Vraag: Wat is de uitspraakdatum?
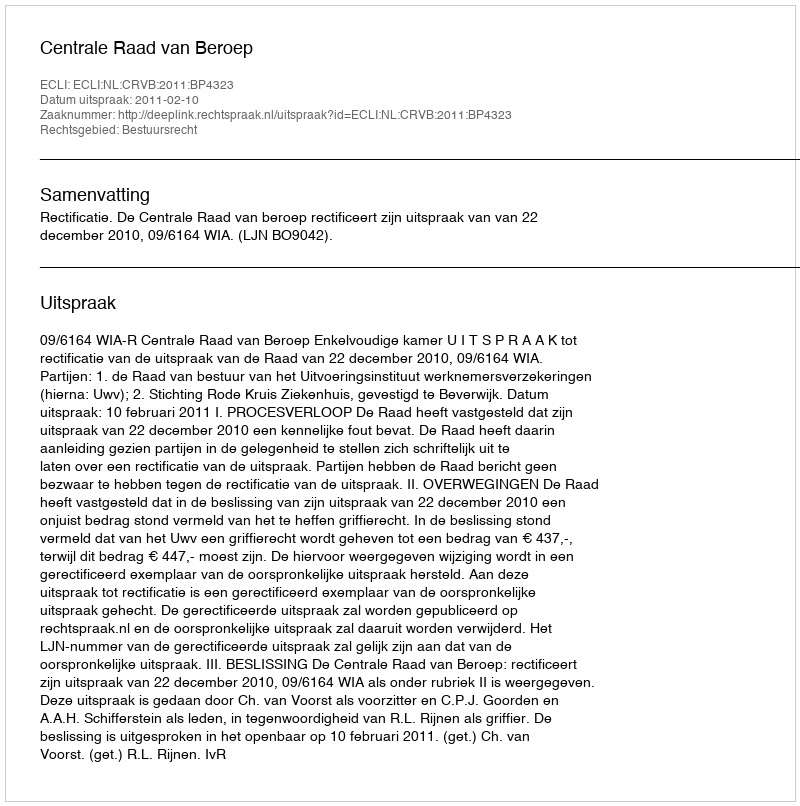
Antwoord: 2011-02-10